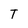
Character: T